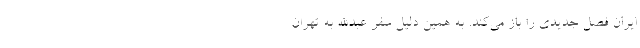
ایران فصل جدیدی را باز می‌کند. به همین دلیل سفر عبدالله به تهران